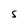
Character: S